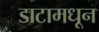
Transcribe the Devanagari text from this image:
डाटामधून